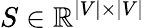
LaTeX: S\in\mathbb{R}^{|V|\times|V|}